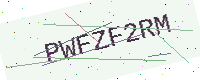
Text: PWFZF2RM